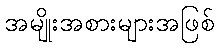
အမျိုးအစားများအဖြစ်